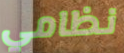
نظامي